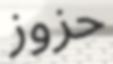
حزوز